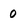
Character: 0